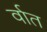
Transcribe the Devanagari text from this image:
र्वात